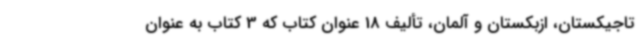
تاجیکستان، ازبکستان و آلمان، تألیف 18 عنوان کتاب که 3 کتاب به عنوان